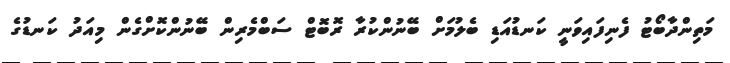
މަތިންދާބޯޓު ފެނިފައިވަނީ ކަނޑުއަޑި ބެލުމަށް ބޭނުންކުރާ ރޮބޮޓް ސަބްމެރިން ބޭނުންކޮށްގެން މިއަދު ކަނޑުގެ